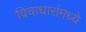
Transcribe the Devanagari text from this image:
विचाधारांमध्ये